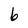
Character: 6